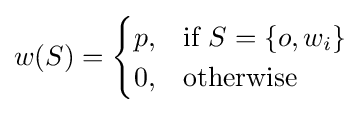
w(S)={\begin{cases}p,&{\text{if }}S=\{o,w_{i}\}\\0,&{\text{otherwise}}\\\end{cases}}